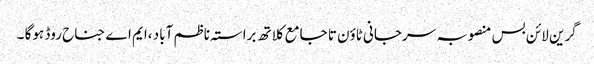
گرین لائن بس منصوبہ سرجانی ٹاوٴن تا جامع کلاتھ براستہ ناظم آباد ،ایم اے جناح روڈ ہوگا ۔